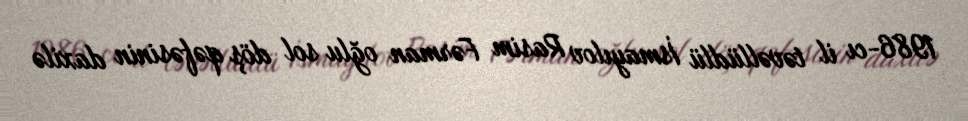
1986-cı il təvəllüdlü İsmayılov Rasim Fərman oğlu sol döş qəfəsinin daxilə